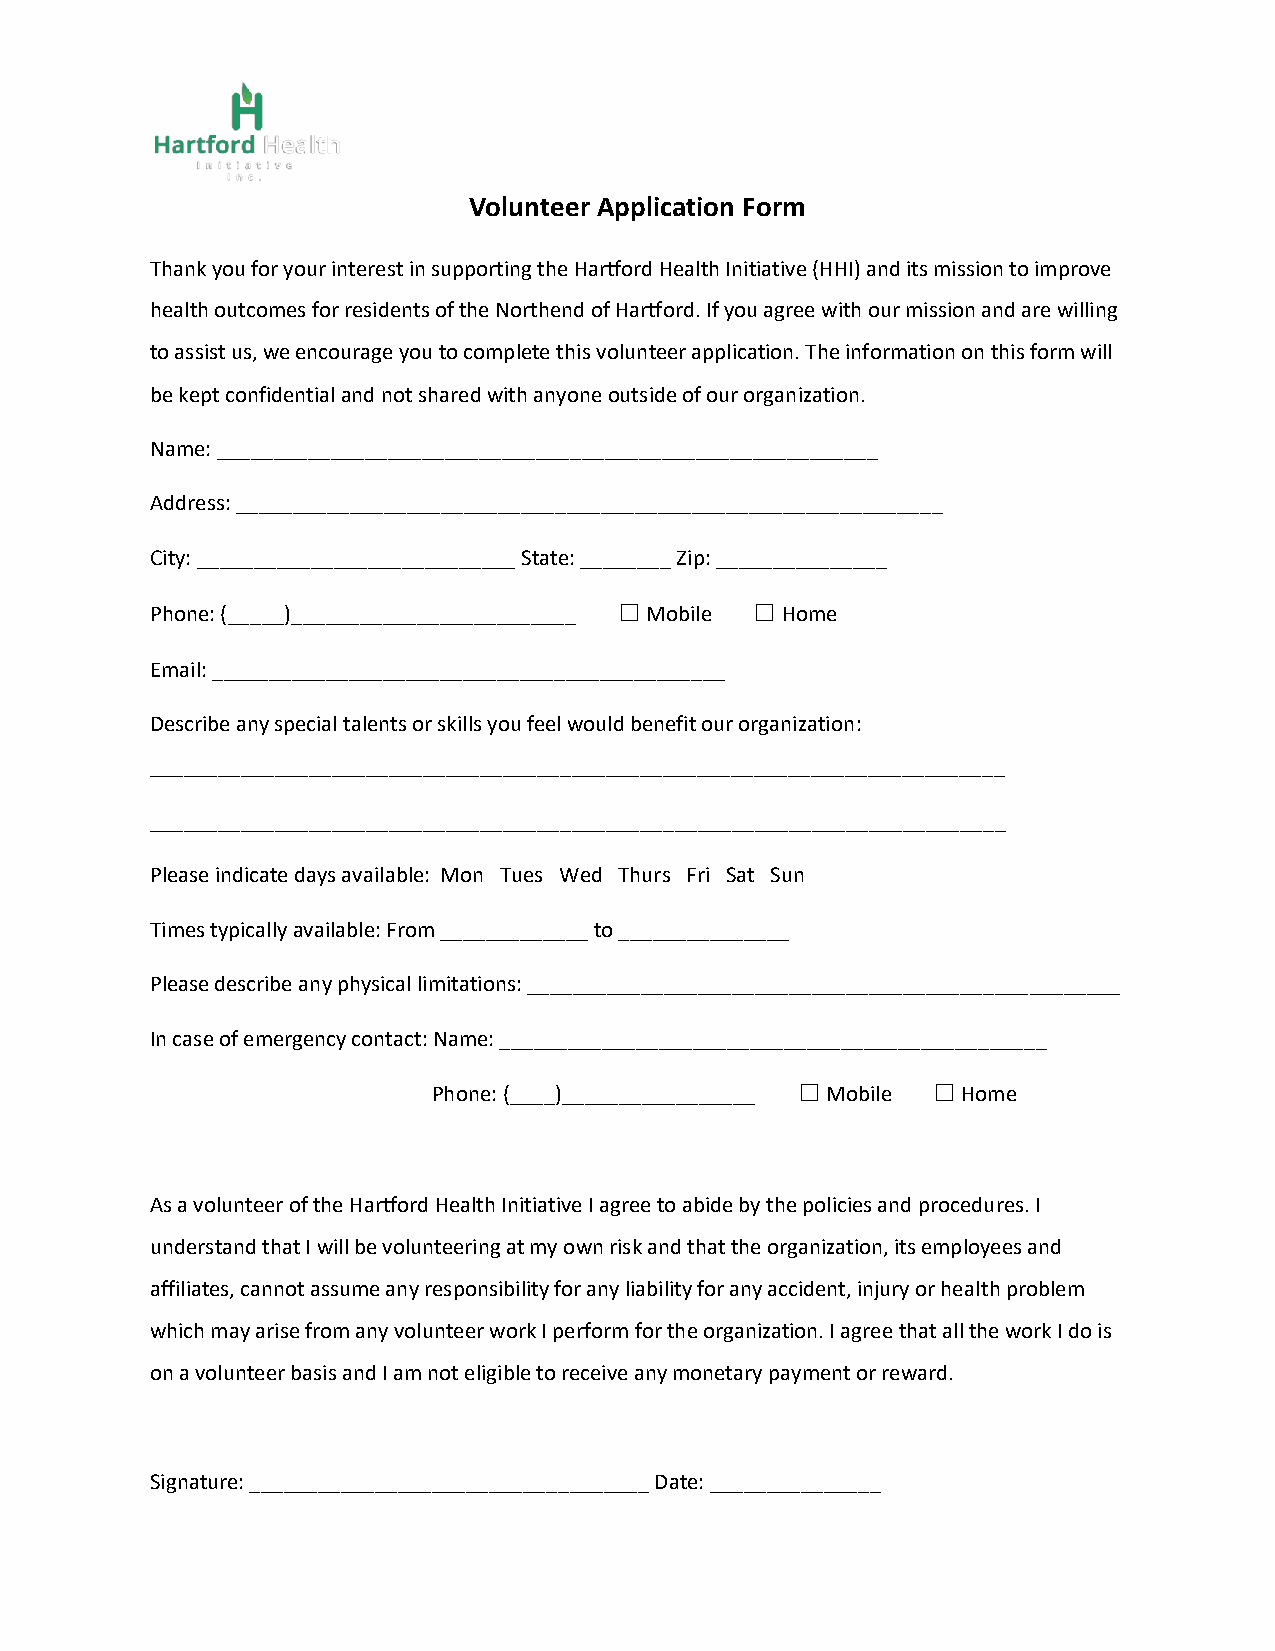
Volunteer Application Form
 Thank you for your interest in supporting the Hartford Health Initiative (HHI) and its mission to improve
 health outcomes for residents of the Northend of Hartford. If you agree with our mission and are willing
 to assist us, we encourage you to complete this volunteer application. The information on this form will
 be kept confidential and not shared with anyone outside of our organization.
 Name: __________________________________________________________
 Address: ______________________________________________________________
 City: ____________________________ State: ________ Zip: _______________
 Phone: (_____)_________________________ ☐ Mobile ☐ Home
 Email: _____________________________________________
 Describe any special talents or skills you feel would benefit our organization:
 ___________________________________________________________________________
 ___________________________________________________________________________
 Please indicate days available: Mon Tues Wed Thurs Fri Sat Sun
 Times typically available: From _____________ to _______________
 Please describe any physical limitations: ____________________________________________________
 In case of emergency contact: Name: ________________________________________________
 Phone: (____)_________________ ☐ Mobile ☐ Home
 As a volunteer of the Hartford Health Initiative I agree to abide by the policies and procedures. I
 understand that I will be volunteering at my own risk and that the organization, its employees and
 affiliates, cannot assume any responsibility for any liability for any accident, injury or health problem
 which may arise from any volunteer work I perform for the organization. I agree that all the work I do is
 on a volunteer basis and I am not eligible to receive any monetary payment or reward.
 Signature: ___________________________________ Date: _______________